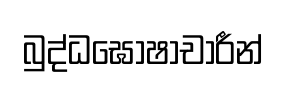
බුද්ධඝෝෂාචාරීන්